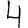
Digit: 4